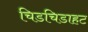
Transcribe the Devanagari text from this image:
चिडचिडाहट